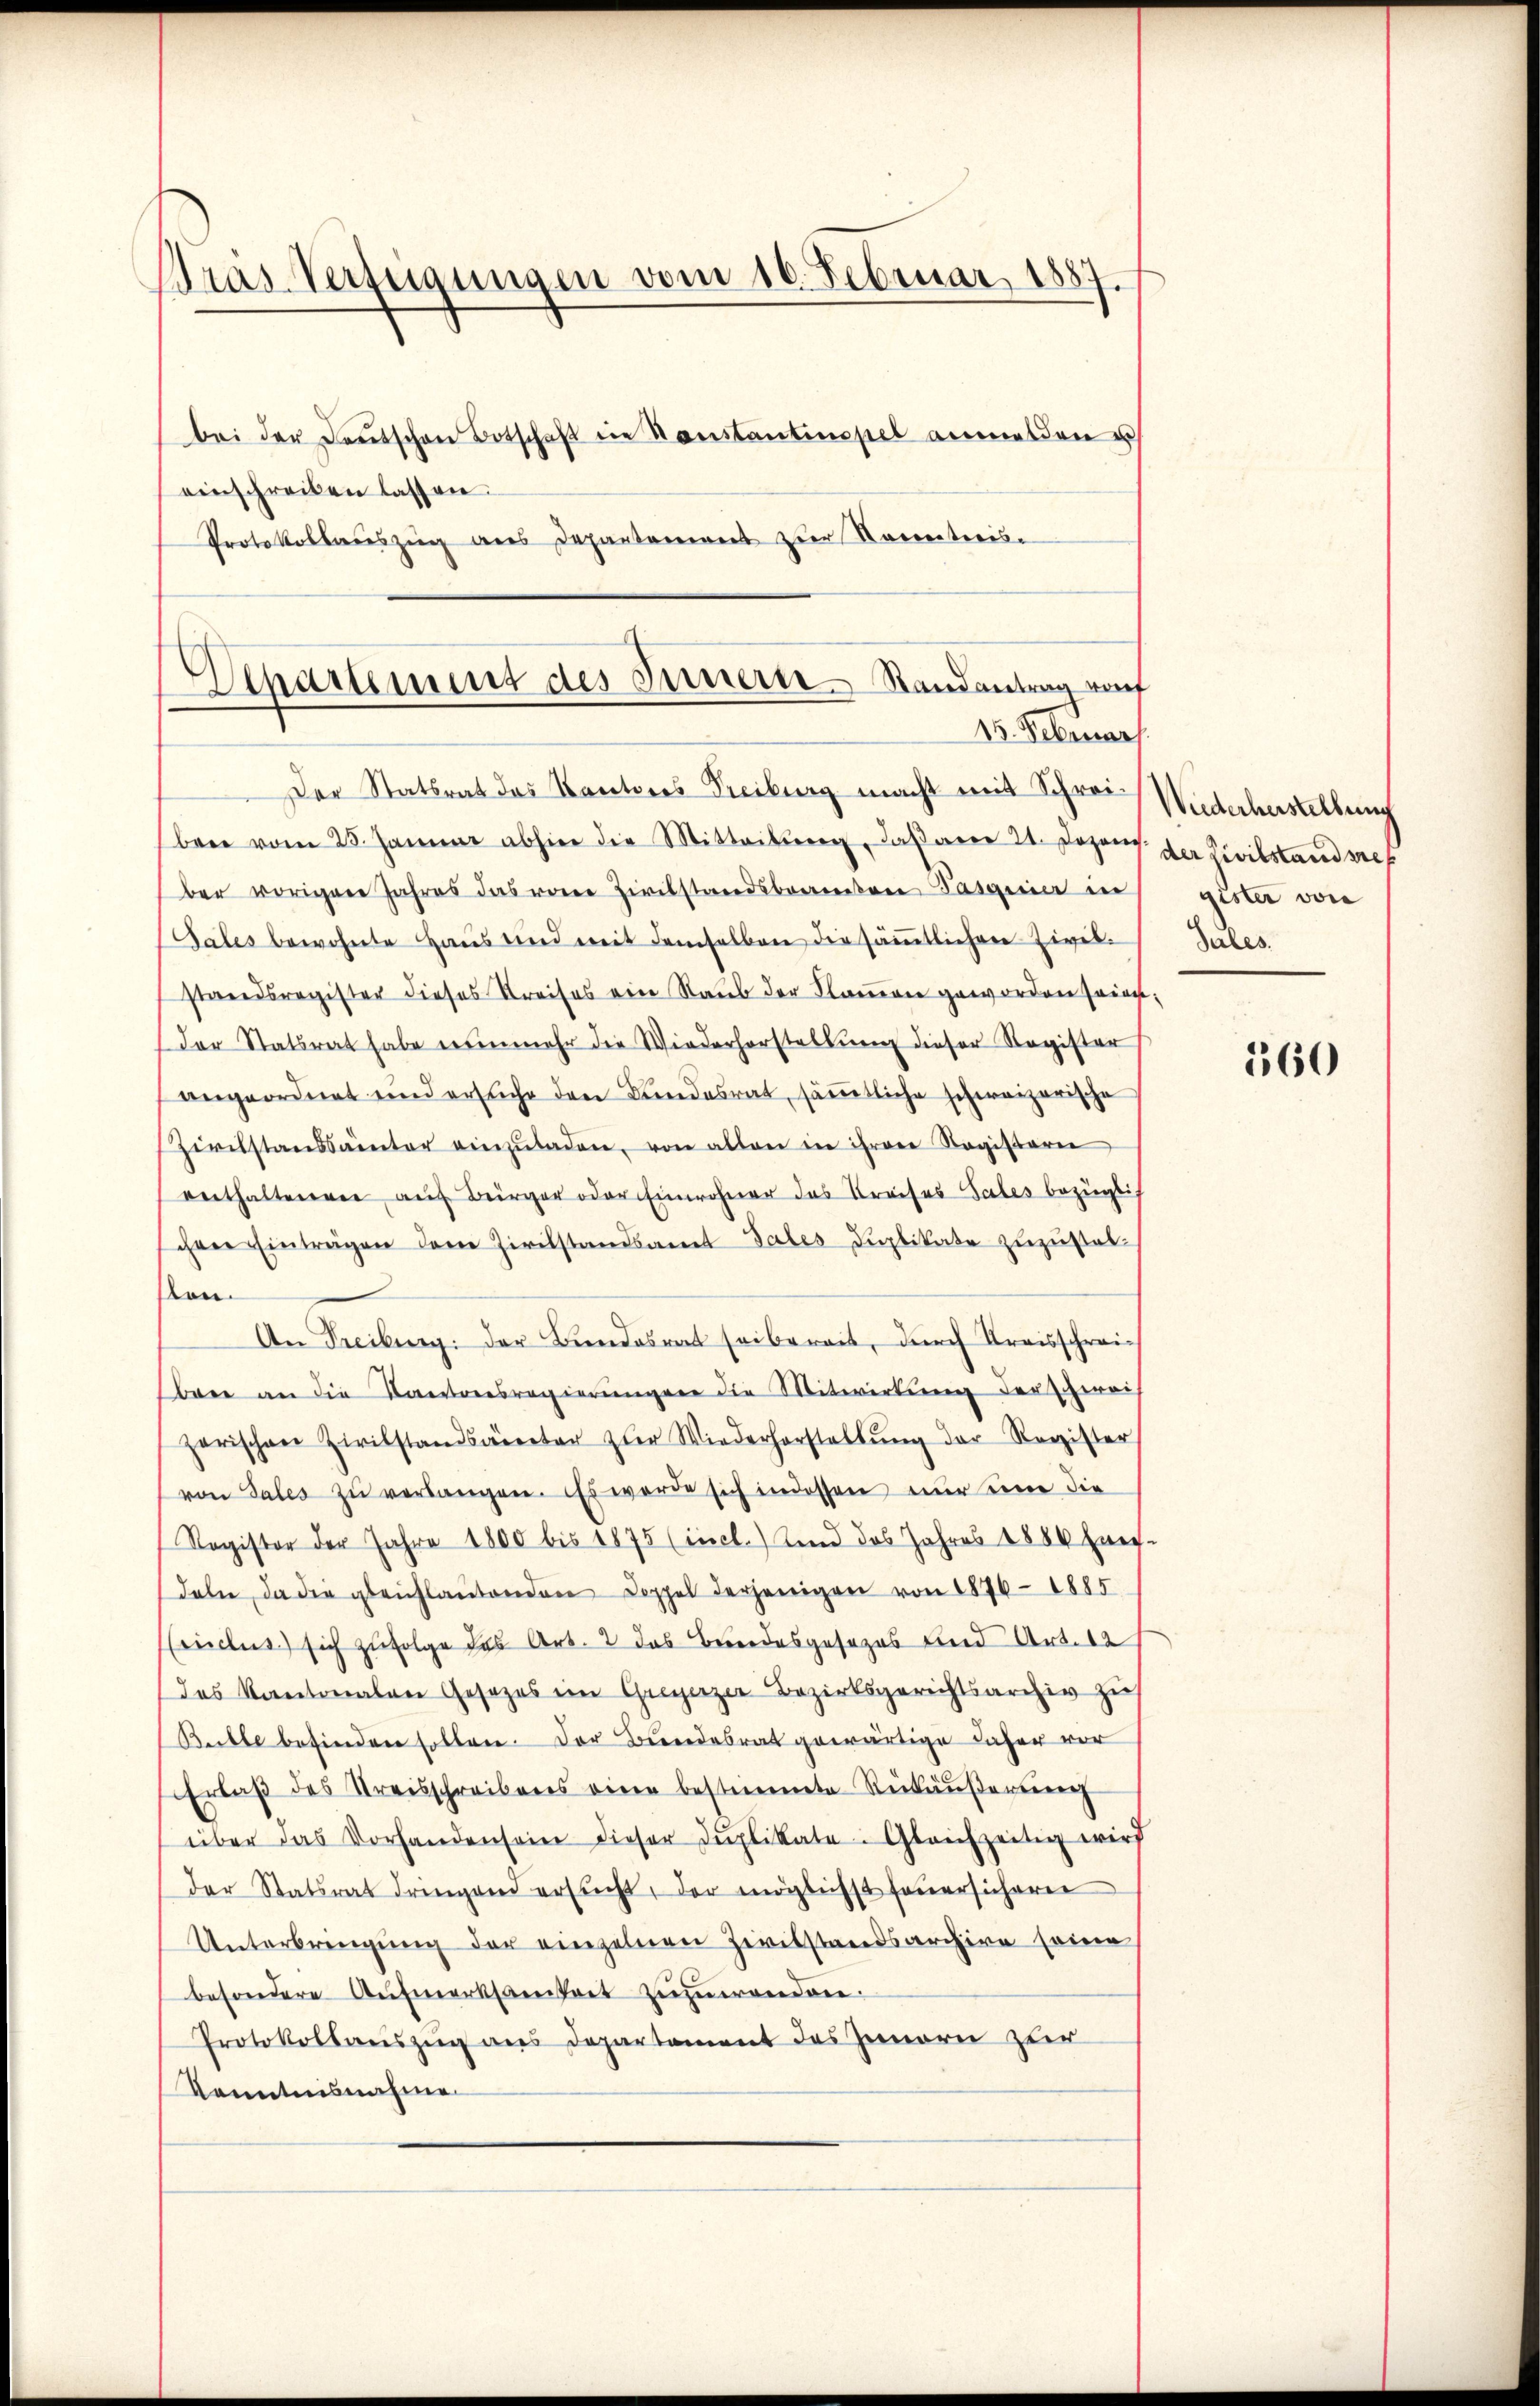
Bras Verfügungen vom 16. Februar 1887.
bei der Deutschen Botschaft ein Sonstantinopel anmelden u
einschreiben lassen.

Protokollaŭszŭg des Departement zur Korrestreis-
Der Statsrat das Kantons Freiburg macht mit Schrei-
ben vom 25. Januar abhier die Mitteilŭng, das am 21. Dezem
ber vorigen Jahres das von Zivilstandsbeamten Tasanier in
Gales bewohnte Haus und mit demselben die sämtlichen Zivil-
standsregister dieses Kreises ein Raub der Samen geworden seien,
der Statsrat habe nunmehr die Wiederhorstellŭng dieser Register
angeordnet und ersŭche den Bundesrat, säṁtliche schweizerische
Zivilstandsamter einzŭladen, von allen in ihrere Registerie
eerthaltenen auf Bürger oder Einwohner das Kreises Sales bezügli
chen Einträgen der Zivilstandsamt Sales Duplikate zuzustel¬
Kon
An Freiburg: der Bundesrat sei bereit, durch Kreisschreibrer an die Kantonsregierŭngen die Mitwirkŭng der zwei
garischen Zivilstandsacretar zŭr Wiederhorstellŭng der Register
von Sales zŭ verlangen. Es werde sich indessen nur eine die
Ragister der Jahre 1800 bis 1875 (incl. Kind das Jahres 1886 hier-
deln, da die gleichlaŭtenden Doppel derjenigen von 1876 - 1885
Conclus) sich zufolge des Art. 2 das Beendesgesezes und Art. 12
das Kantonalen Gesezes im Greyerzer Bezirksgerichtsarchiv zu
Bulle befinden sollen. Der Bundesrat gewärtige daher vor
Erlaβ des Streisschreibens eine bestimmte Rükäŭβerŭng
über das Vorhandensein dieser Duplikate. Gleichzeitig wird
der Statsrat dringend ersŭcht, der möglichst feuersicherer
Unterbrengung der einzelnen Zivilstandsarchive seine
besondere Aufmerksamkeit zuzuwenden.
Protokollauszug aus Departement des Innern zur
Kenntnisnahme

Departement des Innern Randantrag auf
15. Februar.

Wiederherstellung
der Zivilstandsreg
gister von
Sales.

560